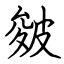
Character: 皴